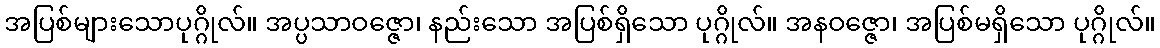
အပြစ်များသောပုဂ္ဂိုလ်။ အပ္ပသာဝဇ္ဇော၊ နည်းသော အပြစ်ရှိသော ပုဂ္ဂိုလ်။ အနဝဇ္ဇော၊ အပြစ်မရှိသော ပုဂ္ဂိုလ်။